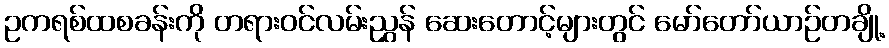
ဥကရစ်ထစခန်းကို တရားဝင်လမ်းညွှန် ဆေးတောင့်များတွင် မော်တော်ယာဉ်တချို့